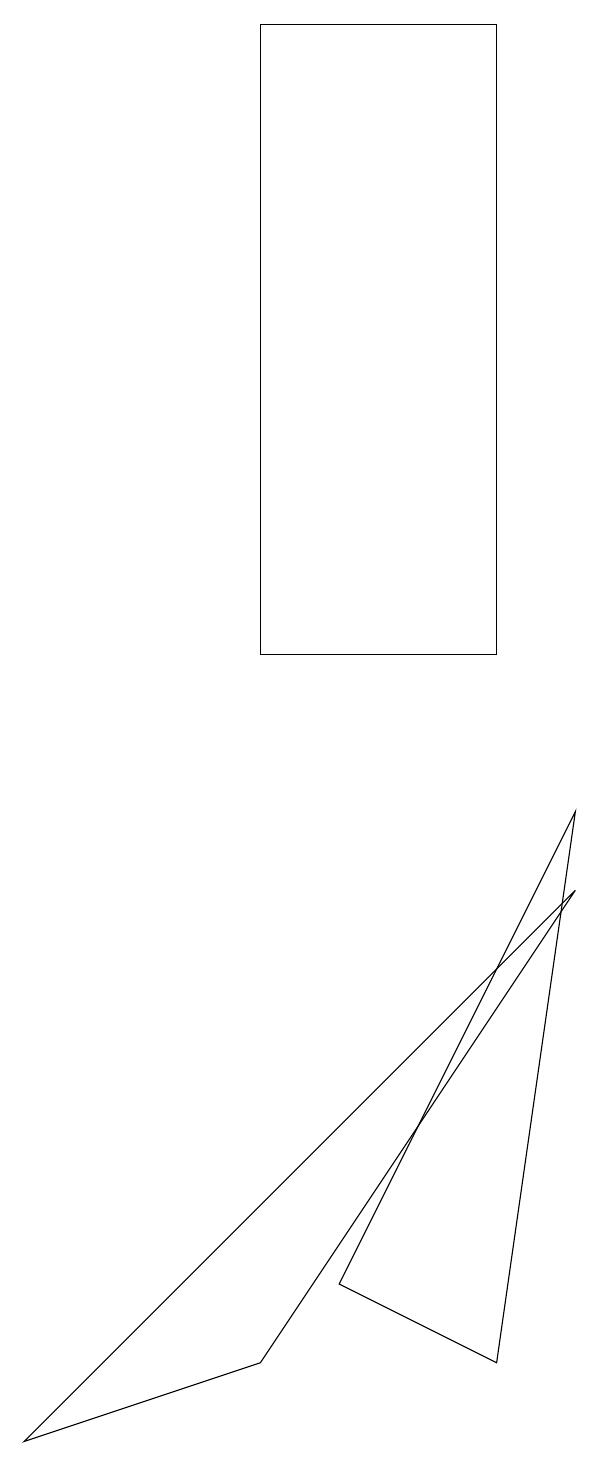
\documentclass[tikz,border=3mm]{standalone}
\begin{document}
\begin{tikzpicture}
\draw (8,19) rectangle (5,11);
\draw (5,2) -- (2,1) -- (9,8) -- cycle;
\draw (8,2) -- (6,3) -- (9,9) -- cycle;
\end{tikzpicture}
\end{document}